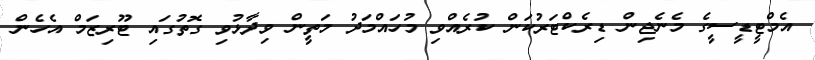
އެމްޓީޑީސީގެ މެނެޖިން ޑިރެކްޓަރުކަން ކުރެއްވި މުހައްމަދު މަތީން ވިދާޅުވި ގޮތުގައި ޓޫރިޒަމް އެހެން